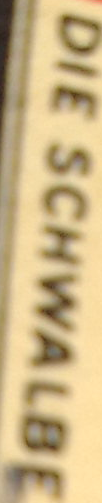
DIE SCHWALBE